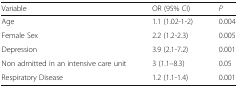
| Variable | OR (95% CI) | P |
 | --- | --- | --- |
 | Age | 1.1 (1.02-1-2) | 0.004 |
 | Female Sex | 2.2 (1.2-2.3) | 0.005 |
 | Depression | 3.9 (2.1-7.2) | 0.001 |
 | Non admitted in an intensive care unit | 3 (1.1–8.3) | 0.05 |
 | Respiratory Disease | 1.2 (1.1-1.4) | 0.001 |